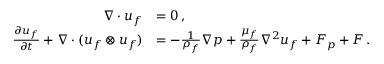
\begin{array} { r l } { \nabla \cdot \boldsymbol { u } _ { f } } & { = 0 \, , } \\ { \frac { \partial \boldsymbol { u } _ { f } } { \partial t } + \nabla \cdot ( \boldsymbol { u } _ { f } \otimes \boldsymbol { u } _ { f } ) } & { = - \frac { 1 } { \rho _ { f } } \nabla \boldsymbol { p } + \frac { \mu _ { f } } { \rho _ { f } } \nabla ^ { 2 } \boldsymbol { u } _ { f } + \boldsymbol { F } _ { p } + \boldsymbol { F } \, . } \end{array}